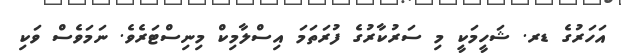
އަހަރުގެ ޑރ. ޝަހީމަކީ މި ސަރުކާރުގެ ފުރަތަމަ އިސްލާމިކް މިނިސްޓަރެވެ. ނަމަވެސް ވަކި